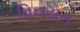
વિનયન